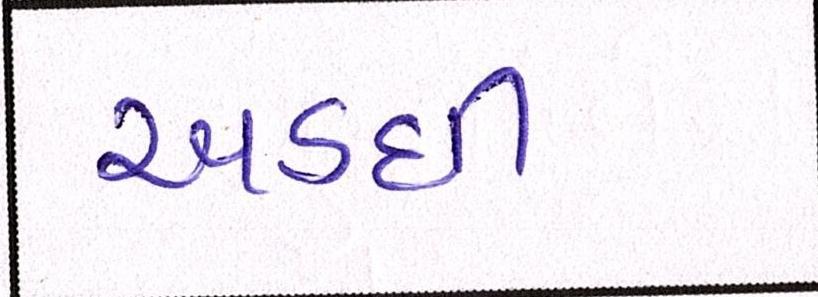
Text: અડધી